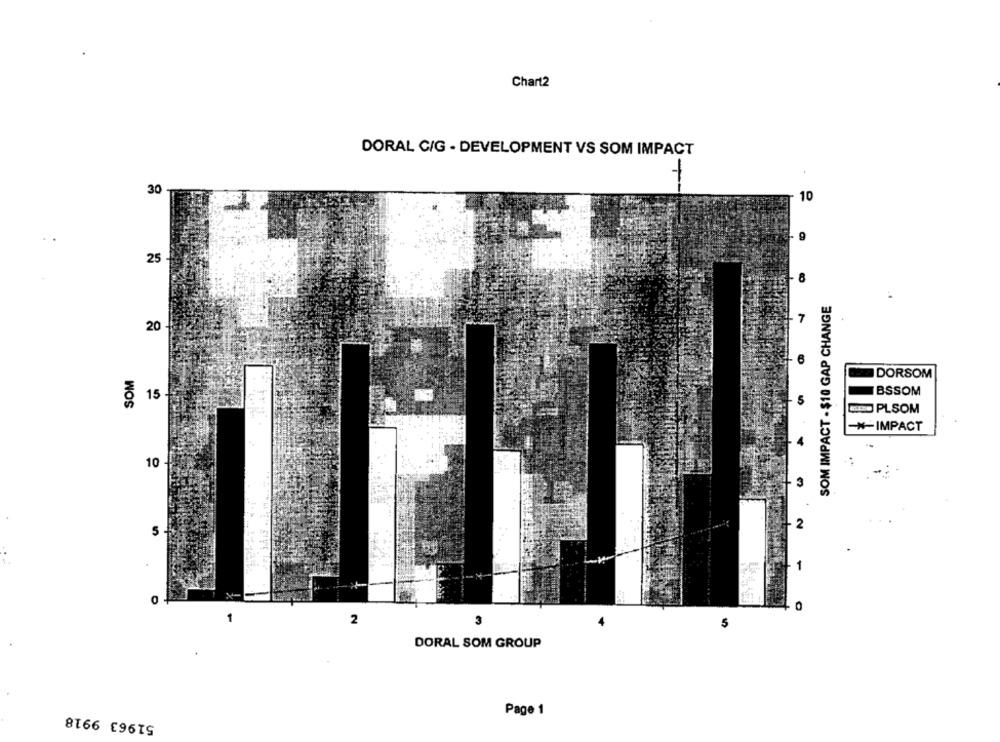
Chart2
DORAL C/G - DEVELOPMENT VS SOM IMPACT
30
10
25
8
SOM IMPACT - $10 GAP CHANGE
7
20
SOM
DORSOM
BSSOM
15
COD PLSOM
#-IMPACT
10
2
5
2
DORAL SOM GROUP
51963 9918
Page 1